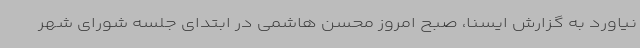
نیاورد به گزارش ایسنا، صبح امروز محسن هاشمی در ابتدای جلسه شورای شهر